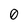
Character: 0